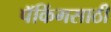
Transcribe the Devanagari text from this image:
पॅकिंगसाठी